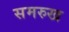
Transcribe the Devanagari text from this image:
समरुख